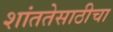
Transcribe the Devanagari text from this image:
शांततेसाठीचा